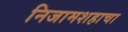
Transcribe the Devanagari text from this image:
निजामशहाचा